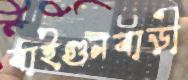
বাইগুনবাড়ী